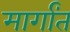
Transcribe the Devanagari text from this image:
मार्गांत